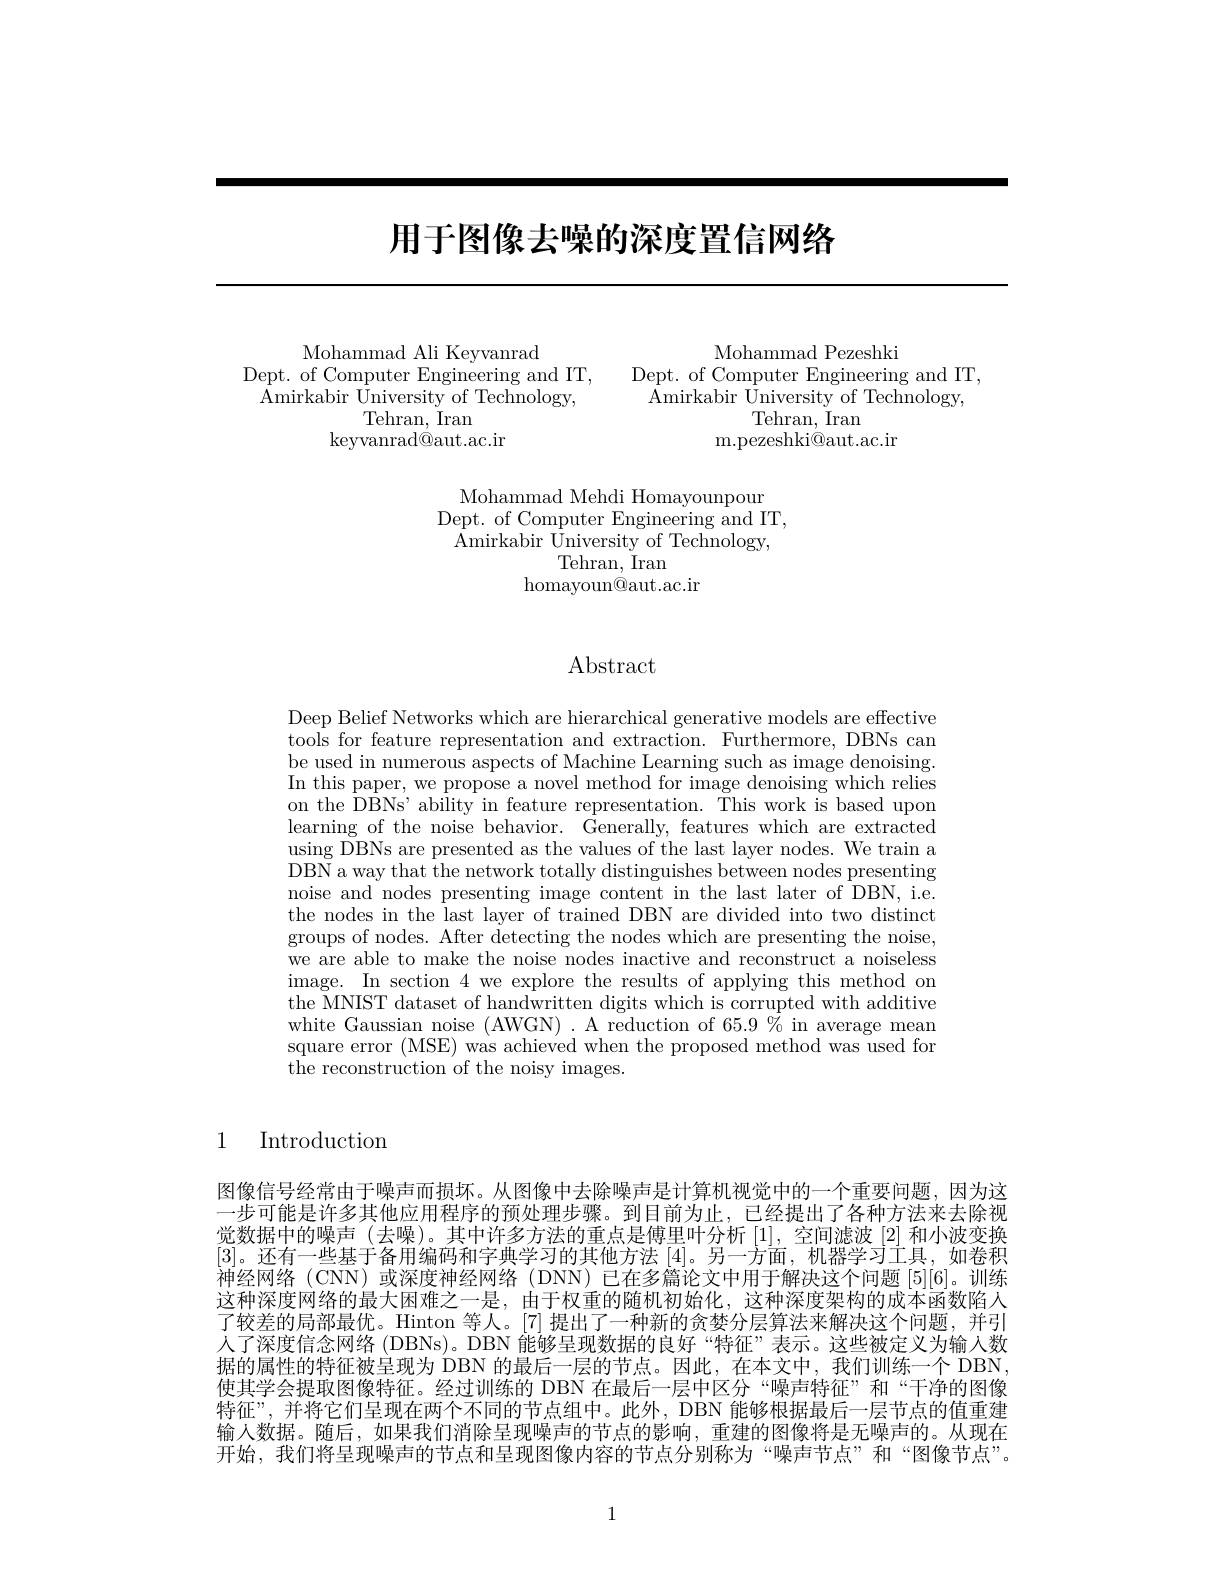
# 用于图像去噪的深度置信网络

$Dept.$
<FigureHere>

and IT,

Mohammad Mehdi Homayounpour
Dept. of Computer Engineering and IT, ${\hat{\text{A}}}$mirkabir ${\hat{\text{University of Technology,}}}$
Tehran, Iran
homayoun@aut.ac.ir

## Abstract

Deep Belief Networks which are hierarchical generative models are effective tools for feature representation and extraction. Furthermore, DBNs can be used in numerous aspects of Machine Learning such as image denoising. In this paper, we propose a novel method for image denoising which relies on the DBNs' ability in feature representation. This work is based upon learning of the noise behavior. Generally, features which are extracted using DBNs are presented as the values of the last layer nodes. We train a DBN a way that the network totally distinguishes between nodes presenting noise and nodes presenting image content in the last later of DBN, i.e. the nodes in the last layer of trained DBN are divided into two distinct groups of nodes. After detecting the nodes which are presenting the noise, we are able to make the noise nodes inactive and reconstruct a noiseless image. In section 4 we explore the results of applying this method on the MNIST dataset of handwritten digits which is corrupted with additive white Gaussian noise (AWGN) . A reduction of 65.9 % in average mean square error (MSE) was achieved when the proposed method was used for the reconstruction of the noisy images.

1

Introduction

图像信号经常由于噪声而损坏。从图像中去除噪声是计算机视觉中的一个重要问题，因为这一步可能是许多其他应用程序的预处理步骤。到目前为止，已经提出了各种方法来去除视觉数据中的噪声 (去噪)。其中许多方法的重点是傅里叶分析[1],空间滤波[2]和小波变换[3]。还有一些基于备用编码和字典学习的其他方法[4]。另一方面，机器学习工具，如卷积神经网络(CNN)或深度神经网络(DNN)已在多篇论文中用于解决这个问题[5][6]。训练这种深度网络的最大困难之一是，由于权重的随机初始化，这种深度架构的成本函数陷人了较差的局部最优。Hinton 等人。[7] 提出了一种新的贪婪分层算法来解决这个问题，并引人了深度信念网络 (DBNs)。DBN 能够呈现数据的良好“特征”表示。这些被定义为输入数据的属性的特征被呈现为 DBN 的最后一层的节点。因此，在本文中，我们训练一个 DBN, 使其学会提取图像特征。经过训练的 DBN 在最后一层中区分“噪声特征”和“干净的图像特征”,并将它们呈现在两个不同的节点组中。此外，DBN 能够根据最后一层节点的值重建输入数据。随后，如果我们消除呈现噪声的节点的影响，重建的图像将是无噪声的。从现在开始，我们将呈现噪声的节点和呈现图像内容的节点分别称为“噪声节点”和“图像节点”。

1